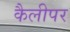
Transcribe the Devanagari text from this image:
कैलीपर